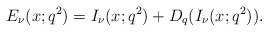
\begin{align*}E_{\nu}(x;q^2)=I_{\nu}(x;q^2)+D_q(I_{\nu}(x;q^2)).\end{align*}